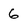
Character: 6